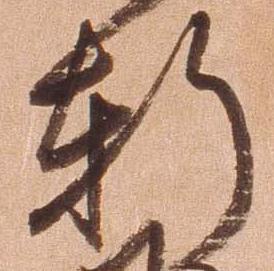
軒